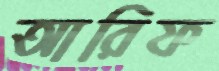
আরিফ